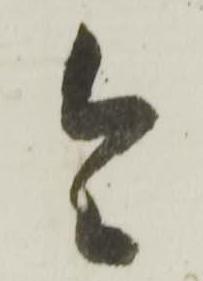
令